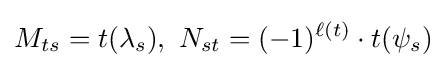
M_{ts}=t(\lambda _{s}),\,\,N_{st}=(-1)^{\ell (t)}\cdot t(\psi _{s})